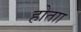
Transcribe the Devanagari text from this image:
होताा